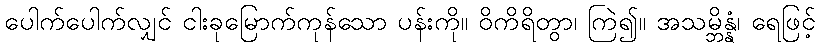
ပေါက်ပေါက်လျှင် ငါးခုမြောက်ကုန်သော ပန်းကို။ ဝိကိရိတွာ၊ ကြဲ၍။ အသမ္ဘိန္နံ၊ ရေဖြင့်